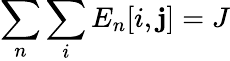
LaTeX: \sum_{n}{\sum_{i}{E_{n}[i,\mathbf{j}]}}=J